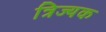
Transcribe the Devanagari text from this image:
त्रिज्यक